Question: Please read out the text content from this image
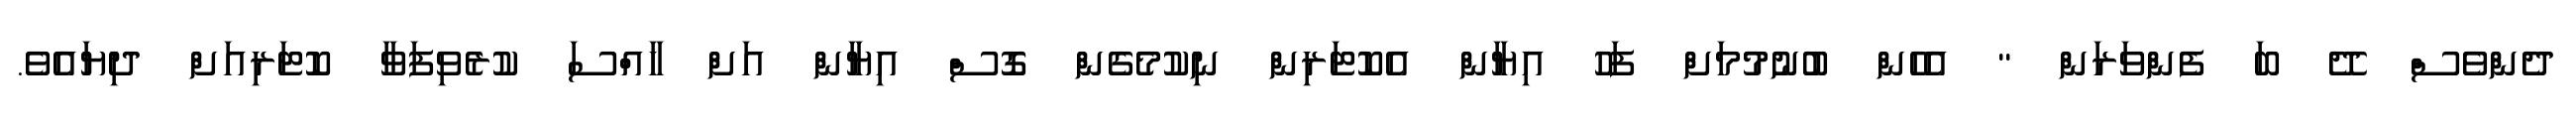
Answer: ދެންވެސް ދޭ ބަ ފެންވަރަން " އެހެން ބުނުމުމަށް ފަހު އިޔާން އެކޮޓަރިން ނިކުމެގެން ގޮސް އިޔާން އަށް ހާއްސަ ކުރެވިފަވާ ކޮޓަރިއަށް ދިޔައެވެ.